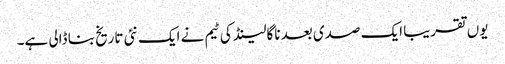
یوں تقریبا ایک صدی بعد ناگالینڈ کی ٹیم نے ایک نئی تاریخ بنا ڈالی ہے۔